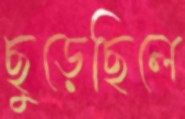
ছুড়েছিলে